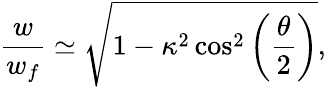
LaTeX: \frac{w}{w_{f}}\simeq\sqrt{1-\kappa^{2}\cos^{2}\left(\frac{\theta}{2}\right)},